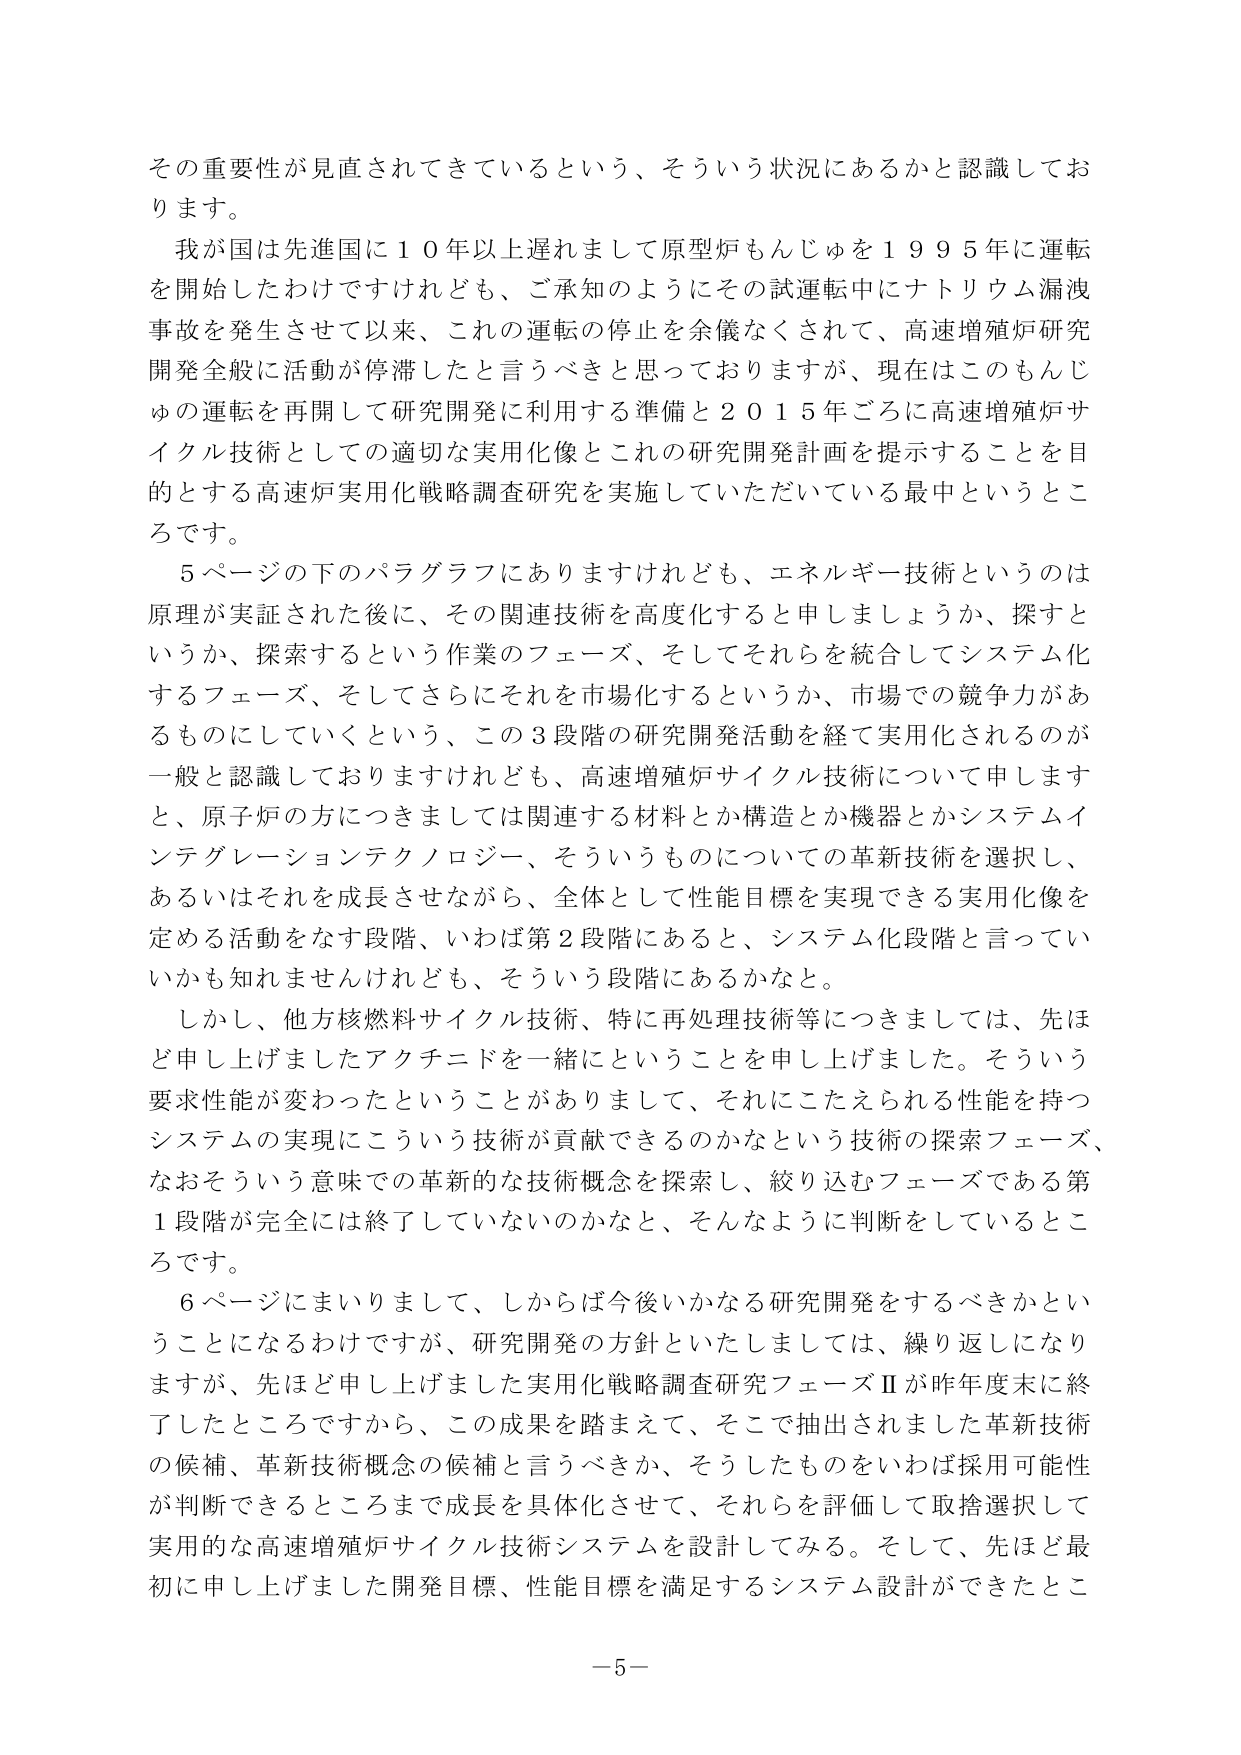
その重要性が見直されてきているという、そういう状況にあるかと認識しております。

我が国は先進国に１０年以上遅れまして原型炉もんじゅを１９９５年に運転を開始したわけですけれども、ご承知のようにその試運転中にナトリウム漏洩事故を発生させて以来、これの運転の停止を余儀なくされて、高速増殖炉研究開発全般に活動が停滞したと言うべきと思っておりますが、現在はこのもんじゅの運転を再開して研究開発に利用する準備と２０１５年ごろに高速増殖炉サイクル技術としての適切な実用化像とこれの研究開発計画を提示することを目的とする高速炉実用化戦略調査研究を実施していただいている最中というところです。

５ページの下のパラグラフにありますけれども、エネルギー技術というのは原理が実証された後に、その関連技術を高度化すると申しましょうか、探すというか、探索するという作業のフェーズ、そしてそれらを統合してシステム化するフェーズ、そしてさらにそれを市場化するというか、市場での競争力があるものにしていくという、この３段階の研究開発活動を経て実用化されるのが一般と認識しておりますけれども、高速増殖炉サイクル技術について申しますと、原子炉の方につきましては関連する材料とか構造とか機器とかシステムインテグレーションテクノロジー、そういうものについての革新技術を選択し、あるいはそれを成長させながら、全体として性能目標を実現できる実用化像を定める活動をなす段階、いわば第２段階にあると、システム化段階と言っていいかも知れませんけれども、そういう段階にあるかなと。

しかし、他方核燃料サイクル技術、特に再処理技術等につきましては、先ほど申し上げましたアクチニドを一緒にということを申し上げました。そういう要求性能が変わったということがありまして、それにこたえられる性能を持つシステムの実現にこういう技術が貢献できるのかなという技術の探索フェーズ、なおそういう意味での革新的な技術概念を探索し、絞り込むフェーズである第１段階が完全には終了していないのかなと、そんなように判断をしているところです。

６ページにまいりまして、しからば今後いかなる研究開発をするべきかということになるわけですが、研究開発の方針といたしましては、繰り返しになりますが、先ほど申し上げました実用化戦略調査研究フェーズⅡが昨年度末に終了したところですから、この成果を踏まえて、そこで抽出されました革新技術の候補、革新技術概念の候補と言うべきか、そうしたものをいわば採用可能性が判断できるところまで成長を具体化させて、それらを評価して取捨選択して実用的な高速増殖炉サイクル技術システムを設計してみる。そして、先ほど最初に申し上げました開発目標、性能目標を満足するシステム設計ができたとこ

－５－